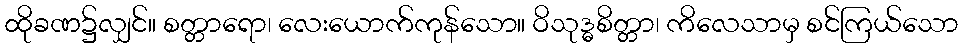
ထိုခဏ၌လျှင်။ စတ္တာရော၊ လေးယောက်ကုန်သော။ ဝိသုဒ္ဓစိတ္တာ၊ ကိလေသာမှ စင်ကြယ်သော